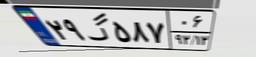
۲۹گ۵۸۷۰۶